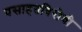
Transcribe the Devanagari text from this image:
वसाहतविरोधी